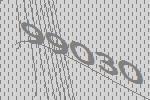
99030